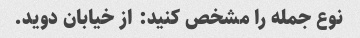
نوع جمله را مشخص کنید: از خیابان دوید.